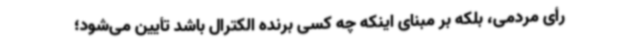
رأی مردمی، بلکه بر مبنای اینکه چه کسی برنده الکترال باشد تأیین می‌شود؛